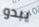
يبدو